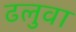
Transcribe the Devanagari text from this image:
ढलुवा